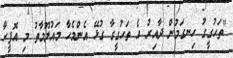
"ތަހުގީގު ހިނގަމުން ދާއިރު އެ ތަހުގީގާ ގުޅޭ އެންމެހާ މައުލޫމާތު މި އޮފީހާ